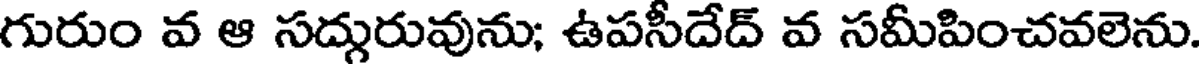
గురుం వ ఆ సద్గురువును; ఉపసీదేద్ వ సమీపించవలెను